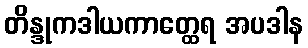
တိန္ဒုကဒါယကာတ္ထေရ အပဒါန